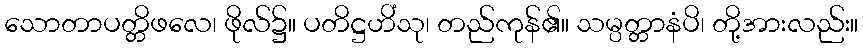
သောတာပတ္တိဖလေ၊ ဖိုလ်၌။ ပတိဋ္ဌဟိံသု၊ တည်ကုန်၏။ သမ္ပတ္တာနံပိ၊ တို့အားလည်း။